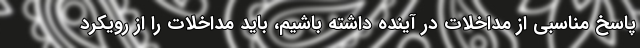
پاسخ مناسبی از مداخلات در آینده داشته باشیم، باید مداخلات را از رویکرد